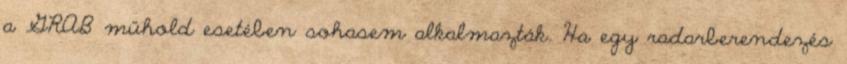
a GRAB műhold esetében sohasem alkalmazták. Ha egy radarberendezés